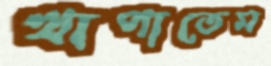
খাপাতেম